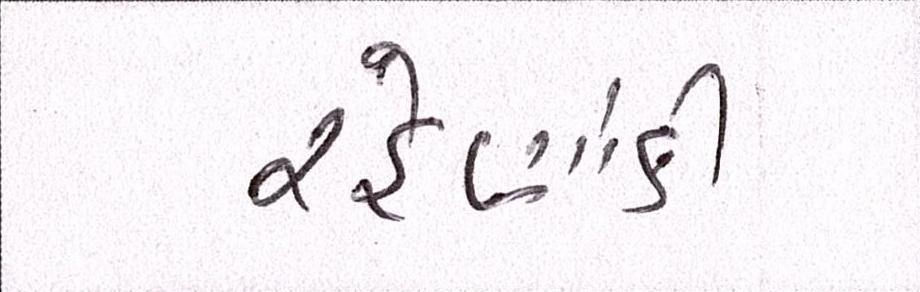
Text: રહેણાંકી